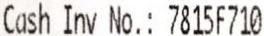
CASH INV NO.: 7815F710